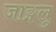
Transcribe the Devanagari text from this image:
जाङ्गलु